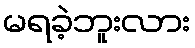
မရခဲ့ဘူးလား